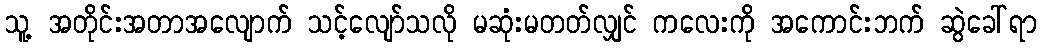
သူ့ အတိုင်းအတာအလျောက် သင့်လျော်သလို မဆုံးမတတ်လျှင် ကလေးကို အကောင်းဘက် ဆွဲခေါ်ရာ